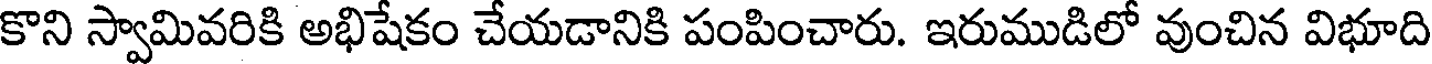
కొని స్వామివరికి అభిషేకం చేయడానికి పంపించారు. ఇరుముడిలో వుంచిన విభూది